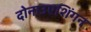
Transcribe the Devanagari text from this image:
दोनाउएशिंगन